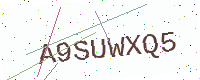
Text: A9SUWXQ5